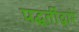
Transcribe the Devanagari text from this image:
पद्धतींद्वारे